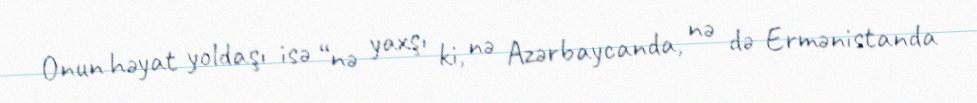
Onun həyat yoldaşı isə “nə yaxşı ki, nə Azərbaycanda, nə də Ermənistanda